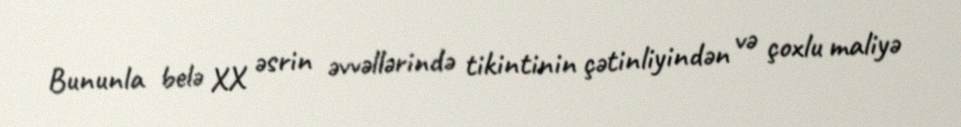
Bununla belə XX əsrin əvvəllərində tikintinin çətinliyindən və çoxlu maliyə